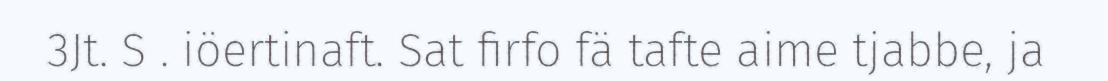
3Jt. S . iöertinaft. Sat firfo fä tafte aime tjabbe, ja